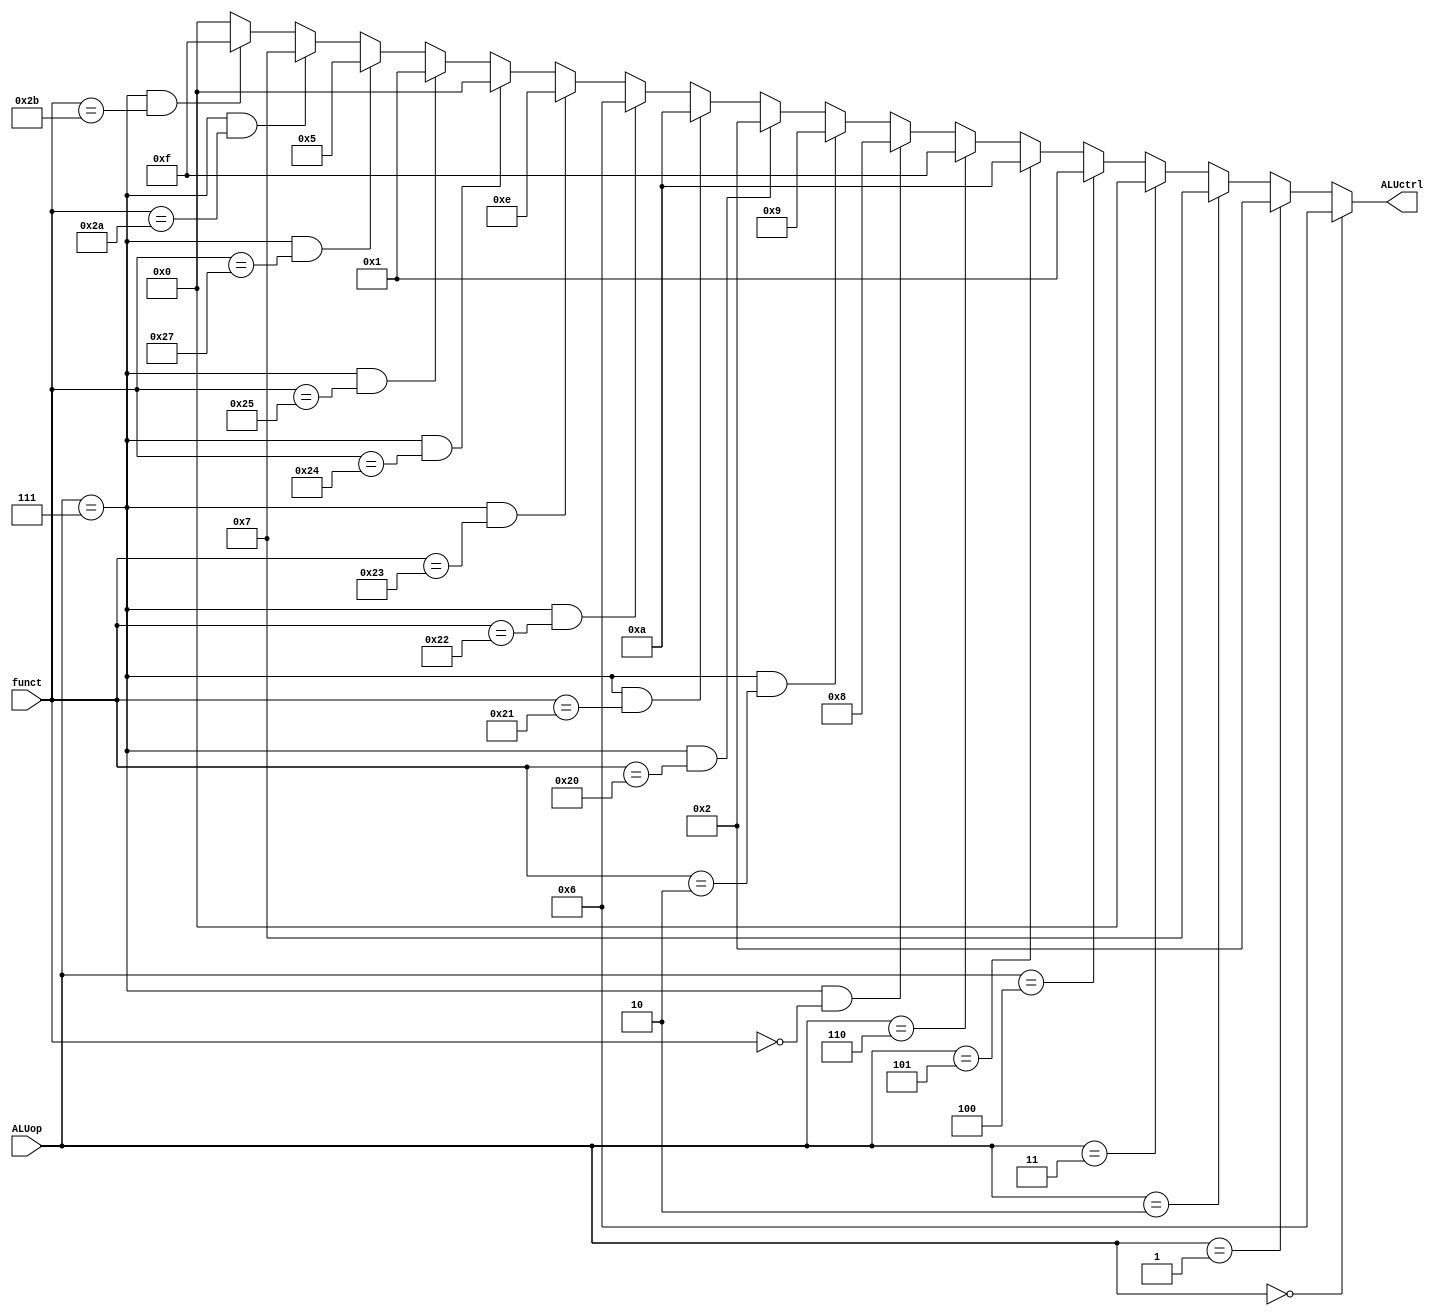
module ALUcontrol(ALUctrl, funct, ALUop);

input [5:0] funct;
input [2:0] ALUop;
output [3:0] ALUctrl;

assign ALUctrl = (ALUop == 3'b000) ? 4'b0110 : // SUB
					  (ALUop == 3'b001) ? 4'b0010 : // ADD
					  (ALUop == 3'b010) ? 4'b0111 : // SLT
					  (ALUop == 3'b011) ? 4'b0000 : // AND
					  (ALUop == 3'b100) ? 4'b0001 : // OR
					  (ALUop == 3'b101) ? 4'b1010 : // ADDU
					  (ALUop == 3'b110) ? 4'b1111 : // SLTU
					  (ALUop == 3'b111 && funct == 6'b000000) ? 4'b1000 : // SLL
					  (ALUop == 3'b111 && funct == 6'b000010) ? 4'b1001 : // SRL
					  (ALUop == 3'b111 && funct == 6'b100000) ? 4'b0010 : // ADD
					  (ALUop == 3'b111 && funct == 6'b100001) ? 4'b1010 : // ADDU
					  (ALUop == 3'b111 && funct == 6'b100010) ? 4'b0110 : // SUB
					  (ALUop == 3'b111 && funct == 6'b100011) ? 4'b1110 : // SUBU
					  (ALUop == 3'b111 && funct == 6'b100100) ? 4'b0000 : // AND
					  (ALUop == 3'b111 && funct == 6'b100101) ? 4'b0001 : // OR
					  (ALUop == 3'b111 && funct == 6'b100111) ? 4'b0101 : // NOR
					  (ALUop == 3'b111 && funct == 6'b101010) ? 4'b0111 : // SLT
					  (ALUop == 3'b111 && funct == 6'b101011) ? 4'b1111 : // SLTU				  
																			  4'b0000 ; // DEFAULT ALUctrl is AND


endmodule